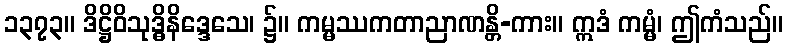
၁၃၇၃။ ဒိဋ္ဌိဝိသုဒ္ဓိနိဒ္ဒေသေ၊ ၌။ ကမ္မဿကတာညာဏန္တိ-ကား။ ဣဒံ ကမ္မံ၊ ဤကံသည်။